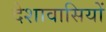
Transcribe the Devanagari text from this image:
देशावासियों